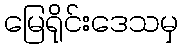
မြေရိုင်းဒေသမှ